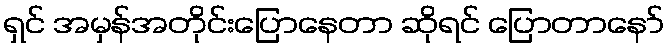
ရှင် အမှန်အတိုင်းပြောနေတာ ဆိုရင် ပြောတာနော်